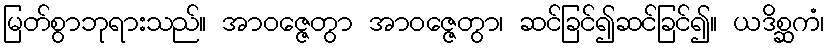
မြတ်စွာဘုရားသည်။ အာဝဇ္ဇေတွာ အာဝဇ္ဇေတွာ၊ ဆင်ခြင်၍ဆင်ခြင်၍။ ယဒိစ္ဆကံ၊